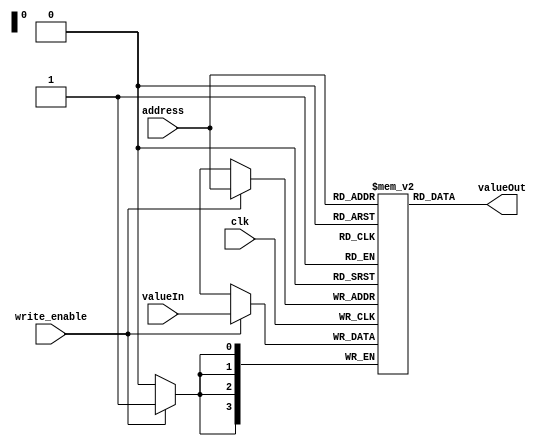
module E15Mem(input clk, 
              input wire write_enable,
              input wire [3:0] address,
              input wire [3:0] valueIn,
              output wire [3:0] valueOut 
                  );
   reg [3:0] memory [15:0];

   assign valueOut = memory[address];
   
   always @(posedge clk)
     if (write_enable)
      begin
        memory[address] <= valueIn;
      end

endmodule